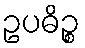
ဥပဓိဉ္စ